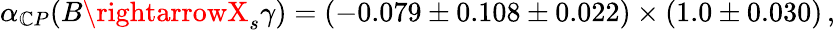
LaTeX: \alpha_{\mathbb{C}P}(B\rightarrowX_{s}\gamma)=(-0.079\pm0.108\pm0.022)\times(1.0\pm0.030)\, ,